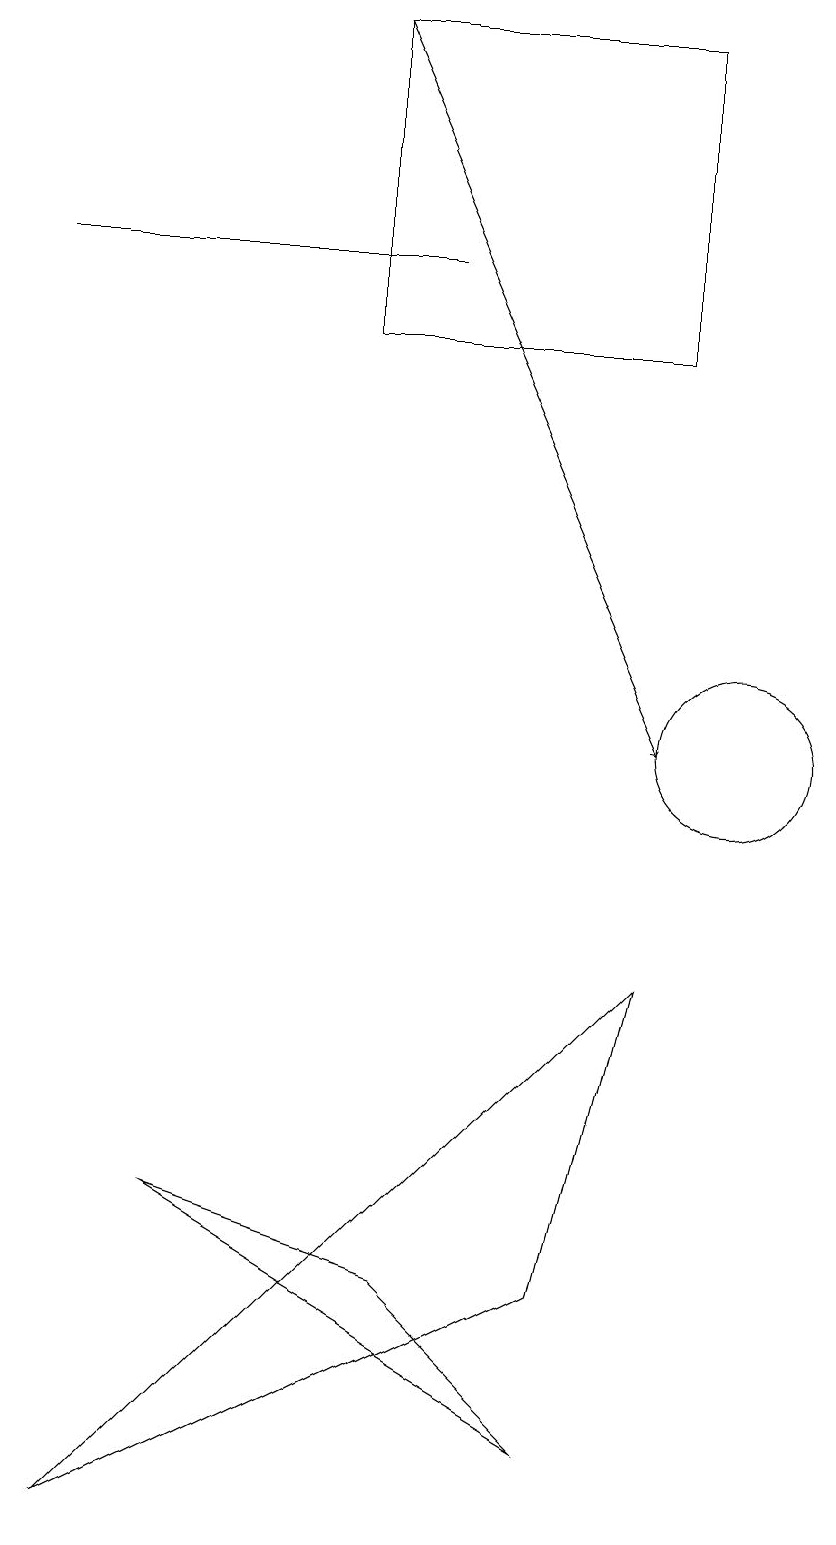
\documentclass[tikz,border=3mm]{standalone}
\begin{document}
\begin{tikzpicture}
\draw (1,16) rectangle (6,16);
\draw (9,15) rectangle (5,19);
\draw (3,4) -- (6,3) -- (8,1) -- cycle;
\draw (11,11) circle (0);
\draw (8,3) -- (2,0) -- (9,7) -- cycle;
\draw (10,10) circle (1);
\draw[->] (5,19) -- (9,10);
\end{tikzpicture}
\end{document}